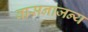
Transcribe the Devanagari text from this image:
वासनाजन्य